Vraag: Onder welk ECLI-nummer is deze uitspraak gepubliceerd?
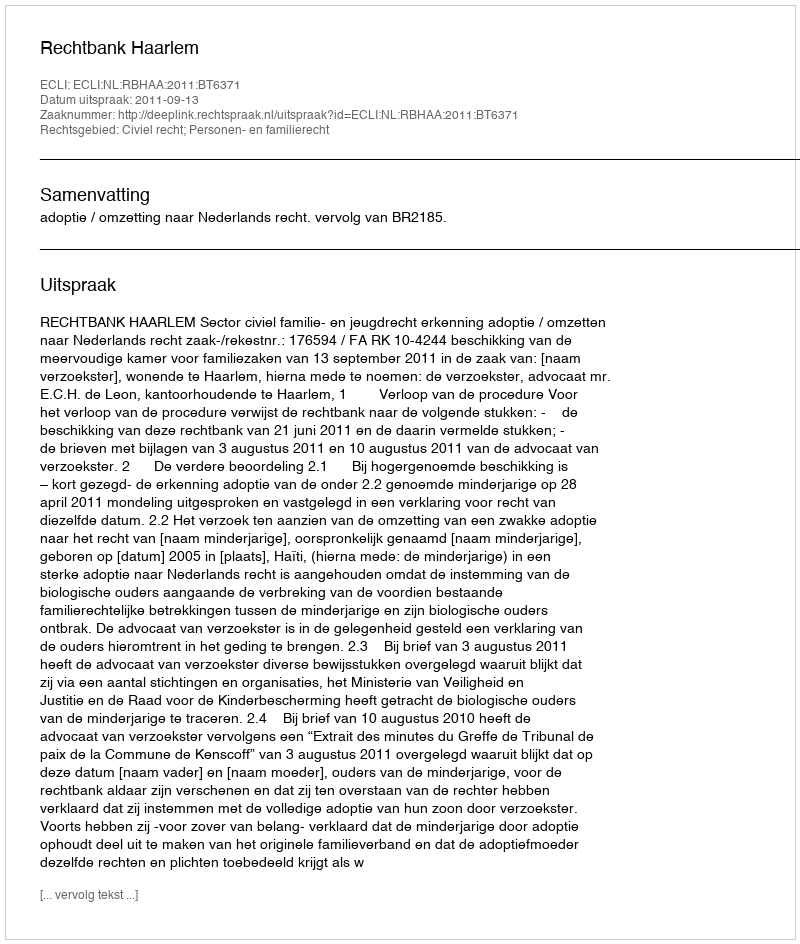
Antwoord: ECLI:NL:RBHAA:2011:BT6371